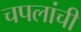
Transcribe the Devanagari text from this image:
चपलांची